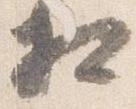
相